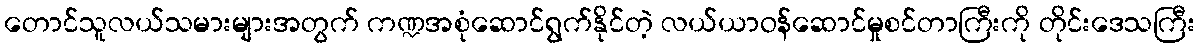
တောင်သူလယ်သမားများအတွက် ကဏ္ဍအစုံဆောင်ရွက်နိုင်တဲ့ လယ်ယာဝန်ဆောင်မှုစင်တာကြီးကို တိုင်းဒေသကြီး